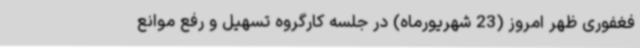
فغفوری ظهر امروز (23 شهریورماه) در جلسه کارگروه تسهیل و رفع موانع